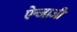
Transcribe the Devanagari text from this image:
ऐन्जाजी